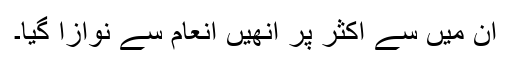
ان میں سے اکثر پر انھیں انعام سے نوازا گیا۔